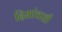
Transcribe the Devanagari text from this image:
दिशांचाही